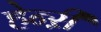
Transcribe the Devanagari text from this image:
हेन्ऱी